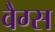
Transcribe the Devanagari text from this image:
वैग्स